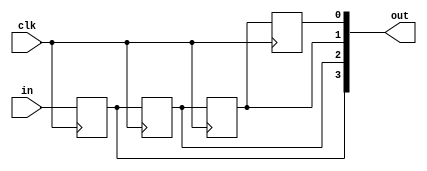
`timescale 1ns / 1ps

module sipo(in,clk,out);
input in,clk;
output [3:0] out;
reg q0,q1,q2,q3;

always@(posedge clk)
begin

q3<=in;
q2<=q3;
q1<=q2;
q0<=q1;

end
assign out[0]=q0;
assign out[1]=q1;
assign out[2]=q2;
assign out[3]=q3;
endmodule